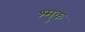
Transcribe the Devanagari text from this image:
श्मुक